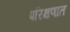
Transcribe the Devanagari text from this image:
परिक्षणात